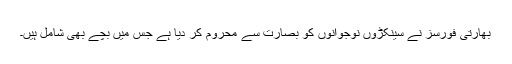
بھارتی فورسز نے سینکڑوں نوجوانوں کو بصارت سے محروم کر دیا ہے جس میں بچے بھی شامل ہیں۔